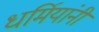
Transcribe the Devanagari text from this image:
धर्मियांनी